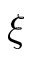
\xi